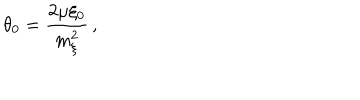
\: \theta _ { 0 } = \frac { 2 \mu \xi _ { 0 } } { m _ { \xi } ^ { 2 } } \, , \: